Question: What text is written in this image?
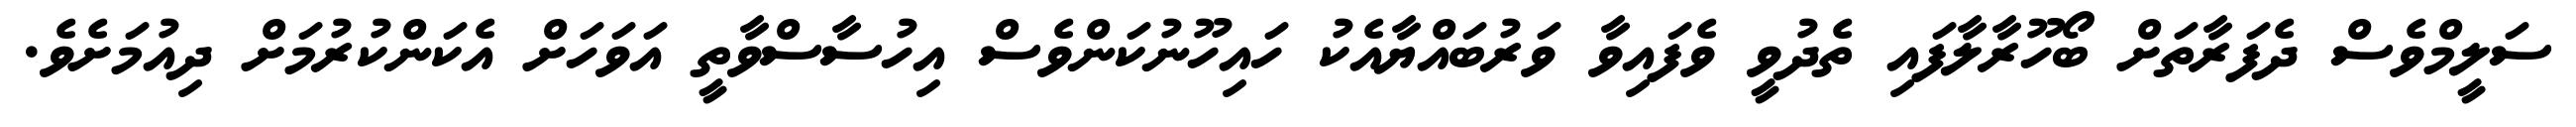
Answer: ސަލީމްވެސް ދެފަރާތަށް ބޯހޫރާލާފައި ތެދުވީ ވެފައިވާ ވަރުބައްޔާއެކު ހައިހޫނުކަންވެސް އިހުސާސްވާތީ އަވަހަށް އެކަންކުރުމަށް ދިއުމަށެވެ.